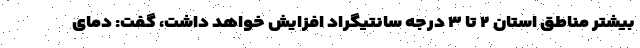
بیشتر مناطق استان ۲ تا ۳ درجه سانتیگراد افزایش خواهد داشت، گفت: دمای